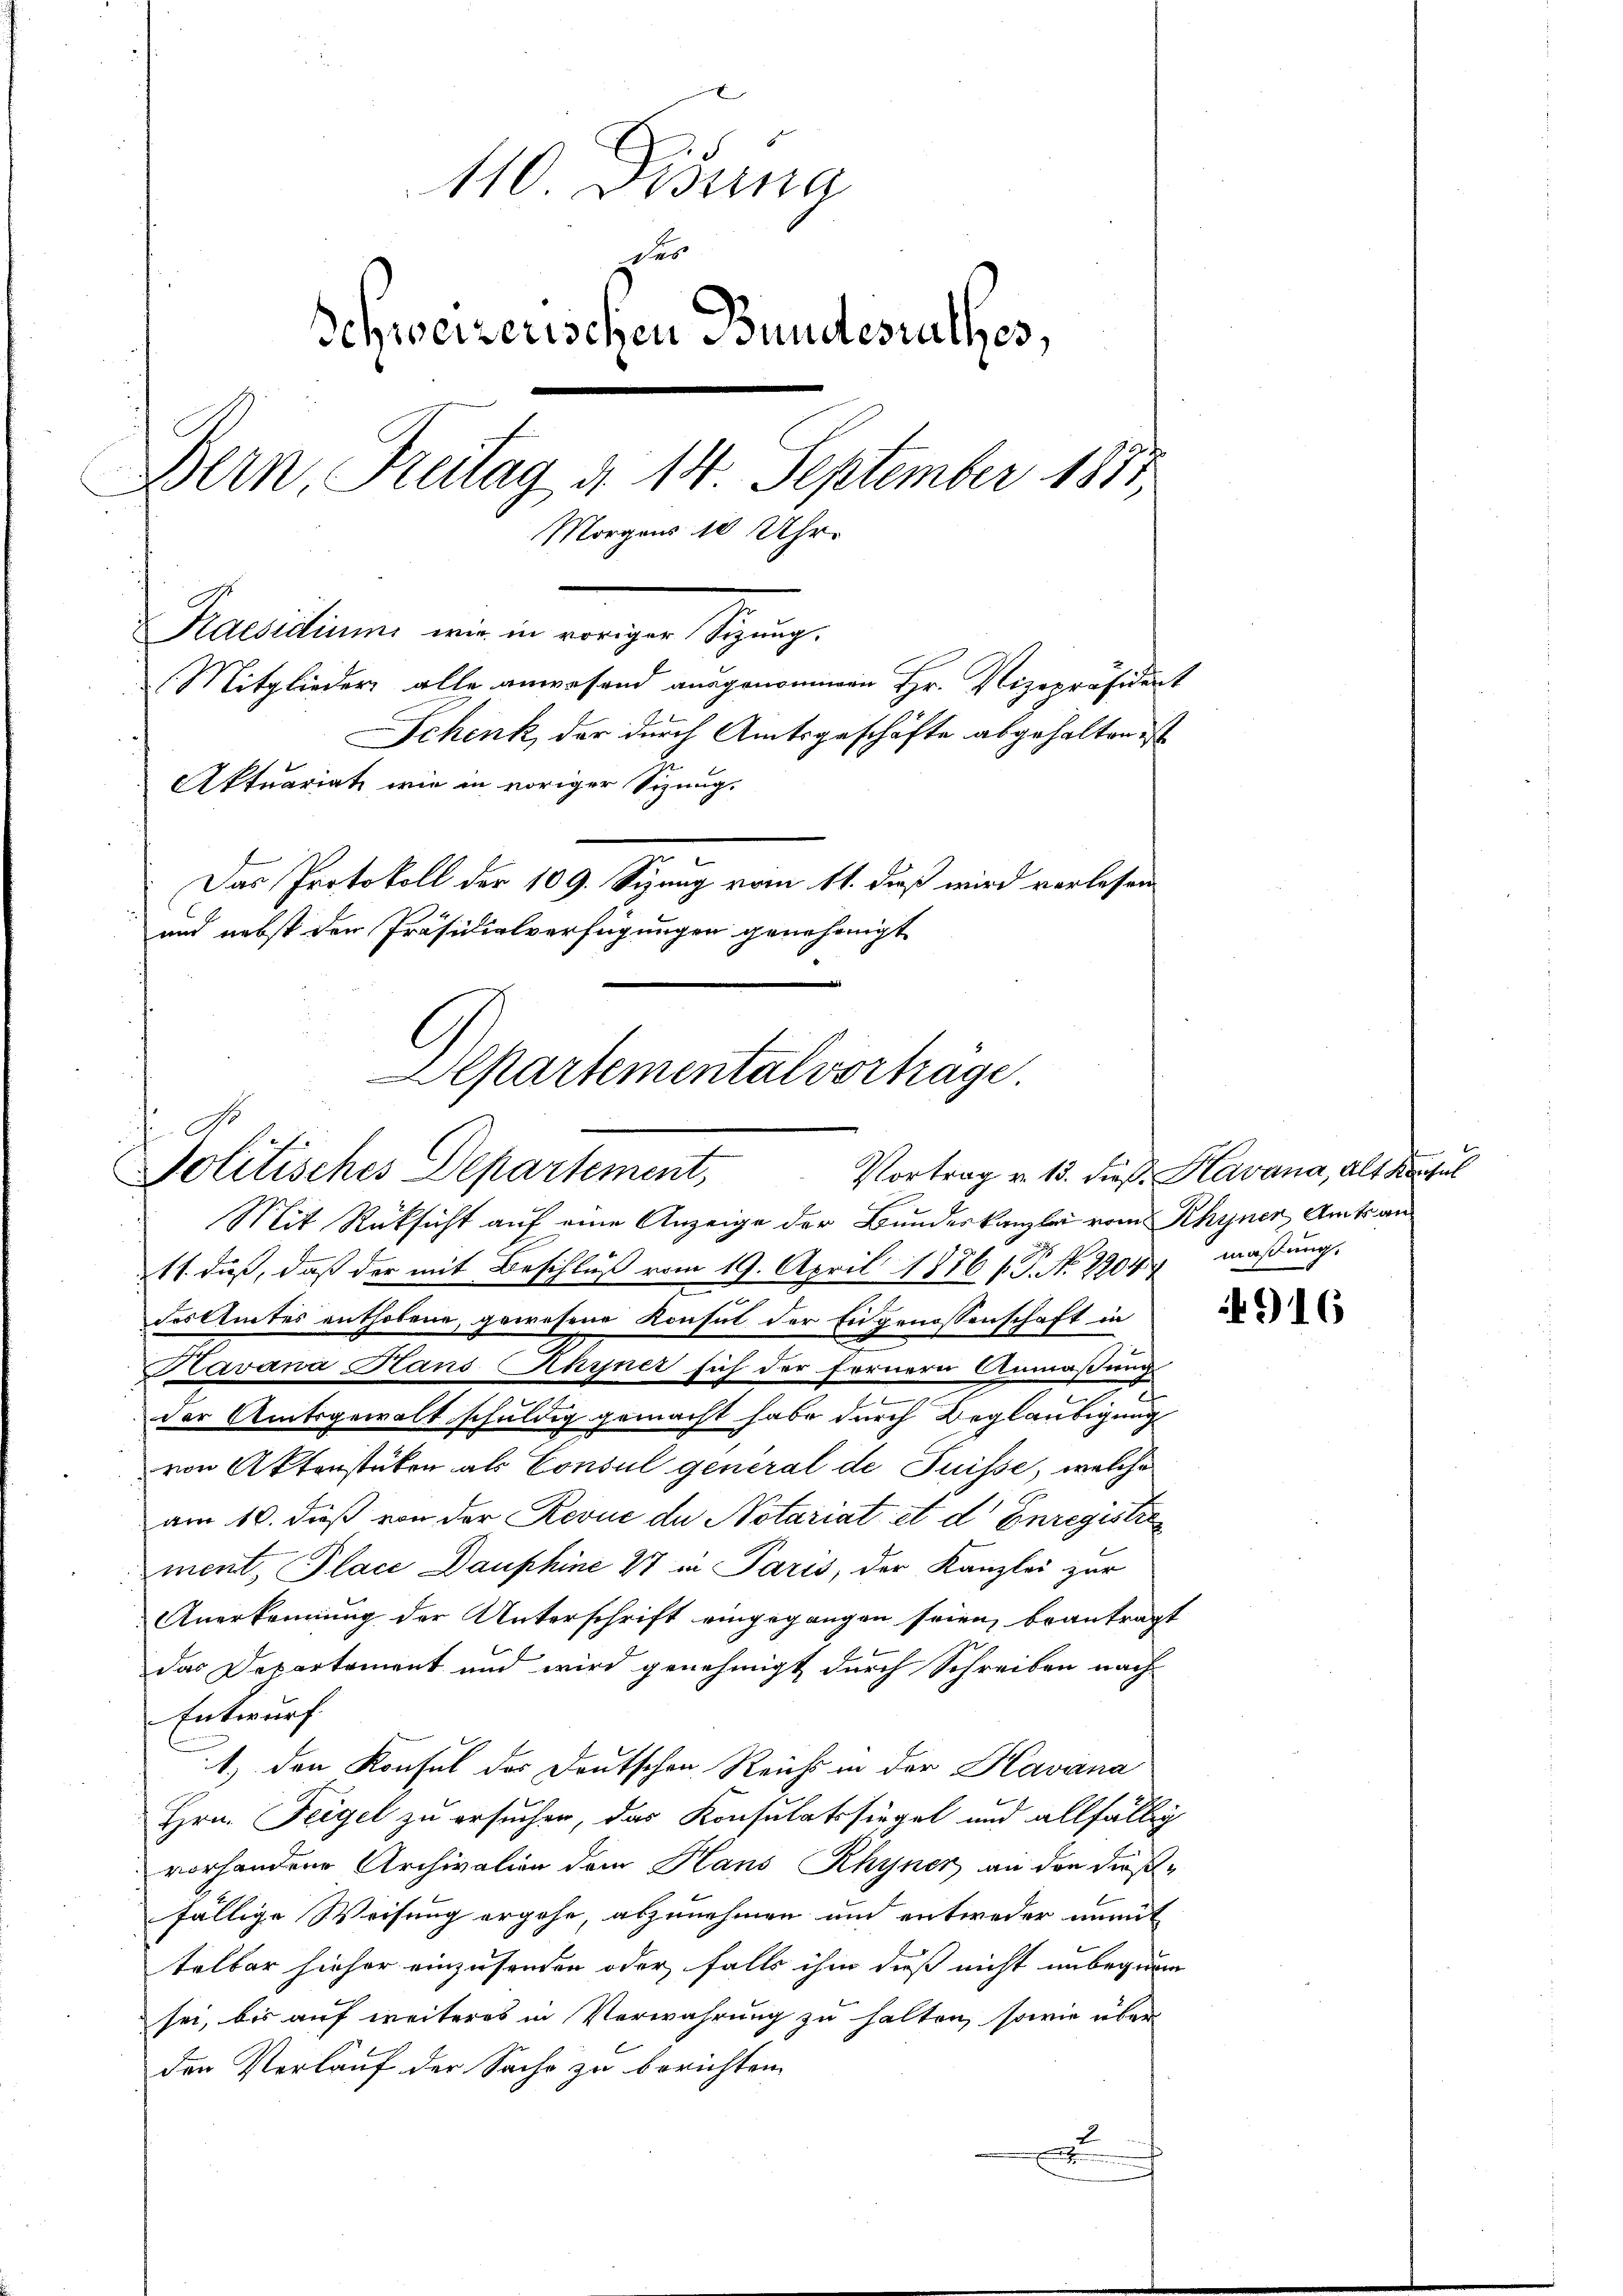
110 Dibuna
des
Schweizerischen Bundesrathes,
Bern Freitag d. 14 September 1881,
Morgens 10 Uhr
Praesidiums wir in voriger Sizung.
Mitglieder alle anwesend ausgenommen Hr. Vizepräsident
Schenk, der durch Amtsgeschäfte abgehalten ist
Aktuariat wie in voriger Sizung,
Das Protokoll der 109. Sizung vom 11. dieß wird vorlesen
und nebst der Präsidialverfügungen genehmigt

Aepartemental vorträge.
A.
Politisches Departement,

Mit Rüksicht auf eine Anzeige der Bundeskanzlei vom Rhyner Amts an
11. dieß, daß der mit Beschluß vom 19. April 1876 s. P. Nr. 2204
des Amtes enthobene, gewesene Konsul der Eingenossenschaft in
Havana Hans Khriner sich der fernern Anmaßung
e
2
der Amtsgewalt schuldig gemacht habe durch Beglaubigung
von Aktenstüken als Consul general de Puisse, welche
am 10. dieß von der Revue de Notariat et d Enregistrament, Place Dauphine 47 in Paris, der Kanzlei zur
Anerkennung der Unterschrift eingegangen seien, beantragt
das Departement und wird genehmigt durch Schreiben nach
Entwurf
1.) den Konsul des Deutschen Reichs in der Kavana
Hrn. Feigel zu ersuchen, das Konsulatssiegel und allfällig
vorhandene Archivation dem Hans Rhyner an den dießfällige Weisung ergehe, abzunehmen und entweder unmit
telbar hieher einzusenden oder falls ihm daß nicht unbeginn
sei, bis auf weiteres in Verwahrung zu halten, sowie über
den Verlauf der Sache zu berichten.
d

Vortrag v. 13. dieß Kavana, alt Konsul
maßung.

916